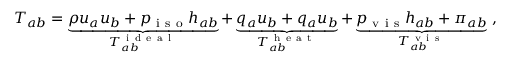
T _ { a b } = \underbrace { \rho u _ { a } u _ { b } + p _ { \mathrm { ~ i ~ s ~ o ~ } } h _ { a b } } _ { T _ { a b } ^ { \mathrm { ~ i ~ d ~ e ~ a ~ l ~ } } } + \underbrace { q _ { a } u _ { b } + q _ { a } u _ { b } } _ { T _ { a b } ^ { \mathrm { ~ h ~ e ~ a ~ t ~ } } } + \underbrace { p _ { \mathrm { ~ v ~ i ~ s ~ } } h _ { a b } + \pi _ { a b } } _ { T _ { a b } ^ { \mathrm { ~ v ~ i ~ s ~ } } } ~ ,